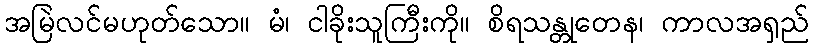
အမြဲလင်မဟုတ်သော။ မံ၊ ငါခိုးသူကြီးကို။ စိရသန္တုတေန၊ ကာလအရှည်